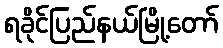
ရခိုင်ပြည်နယ်မြို့တော်